Vaccination in Bombay 1924-1928 - 1924-1928
Year: 1924
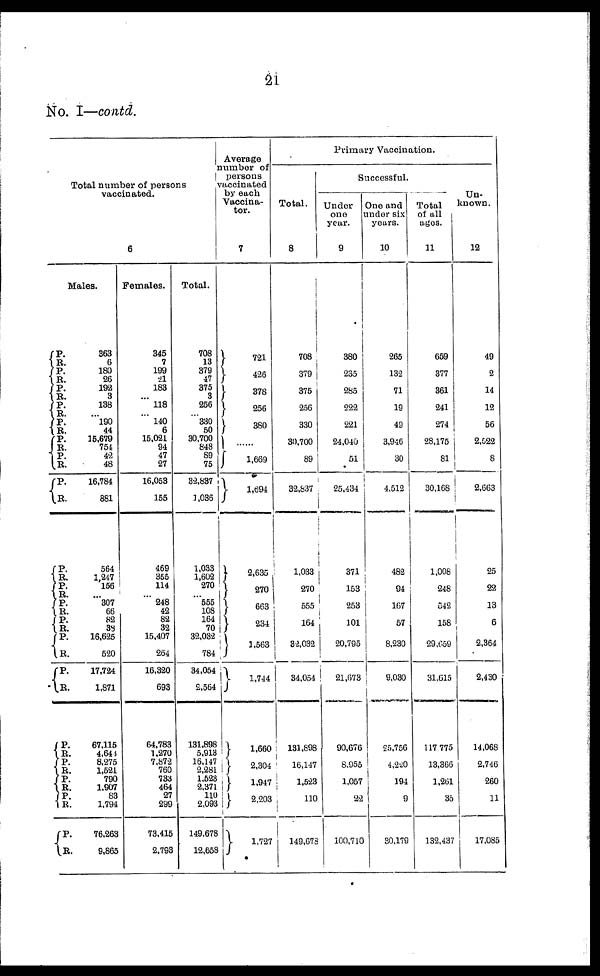
21
No. I—contd.
Total number of persons
vaccinated.
6
Males.
P.
R.
P.
R.
P.
R.
P.
R.
P.
R.
P.
R. P.
R.
P. R.
P.
R.
P.
R.
P.
R.
P.
R.
P.
R.
P.
R.
P.
R.
P.
R.
P.
R.
P. R.
P.
R.
363
6
180
26
192
3
138
... 190
44
15,679
754
42
48
16,784
881
564
1,247
156
... 307
66
82
38
16,625
520
17,724
1,871
67,115
4,648
8,275
1,521
790
1,907
83
1,794
76,263
9,865
Females.
345
7
199
21
183
...
118
...
140
6
15,021
94
47
27
16,053
155
469
355
114
...
248
42
82
32
15,407
264
16,320
693
64,783
1,270
7,872
760
733
464
27
299
73,415
2,793
Total.
708
13
379
47
375
3
256
... 330
50
30,700
848
89
75
32,837
1,036
1,033
1,602
270
... 555
108
164
70
32,032
784
34,054
2,564
131,898
5,913
16,147
2,281
1,523
2,371
110
2,093
149,678
12,658
Average
number of
persons
vaccinated
by each
Vaccina¬
tor.
7
721
426
378
256
380
......
1,669
1,694
2,635
270
663
234
1,563
1,744
1,660
2,304
1,947
2,203
1,727
Primary Vaccination.
Total.
8
708
379
375
256
330
30,700
89
32,837
1,033
270
555
164
32,032
34,054
131,898
16,147
1,523
110
149,678
Successful.
Under
one
year.
9
380
235
285
222
221
24,040
51
25,434
371
153
253
101
20,795
21,673
90,676
8,955
1,057
22
100,710
One and
under six
years.
10
265
132
71
19
49
3,946
30
4,512
482
94
167
57
8,230
9,030
25,756
4,220
194
9
30,179
Total
of all
ages.
11
659
377
361
241
274
28,175
81
30,168
1,008
248
542
158
29,659
31,615
117, 775
13,366
1,261
35
132,437
Un-
known.
12
49
2
14
12
56
2,522
8
2,663
25
22
13
6
2,364
2,430
14,068
2,746
260
11
17,085